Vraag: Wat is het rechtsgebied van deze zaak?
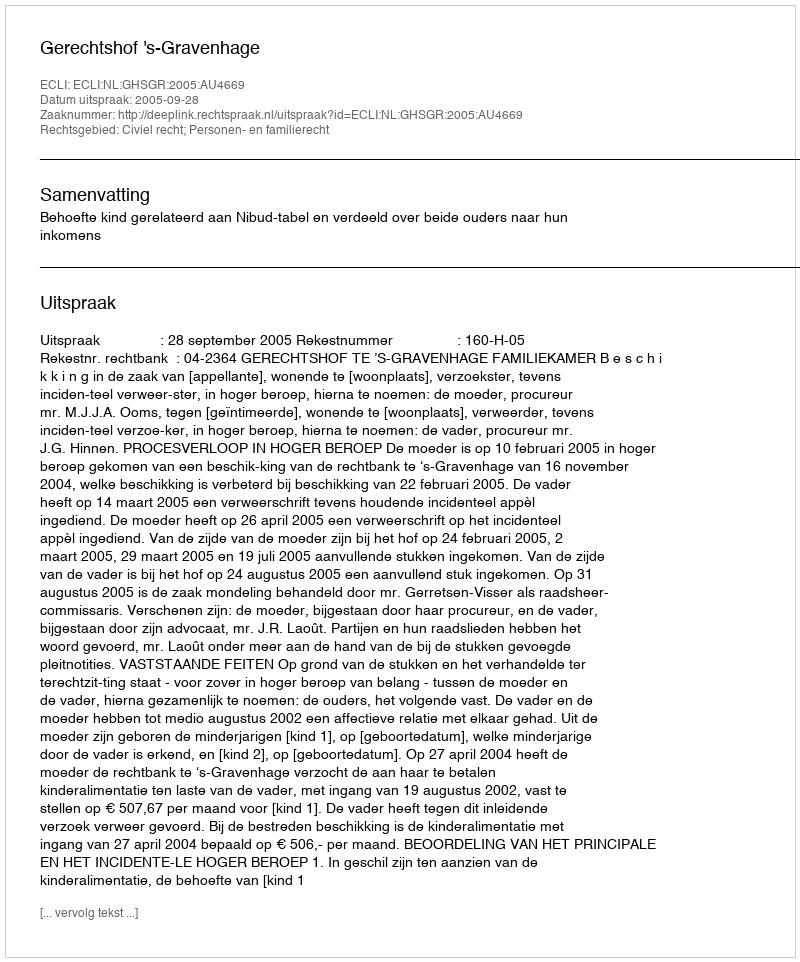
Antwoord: Civiel recht; Personen- en familierecht